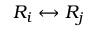
R _ { i } \leftrightarrow R _ { j }